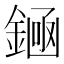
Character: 𫒶